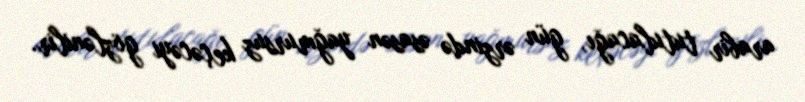
arabir tutulacağı, gün ərzində əsasən yağmursuz keçəcəyi gözlənilir.